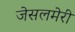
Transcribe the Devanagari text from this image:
जेसलमेरी